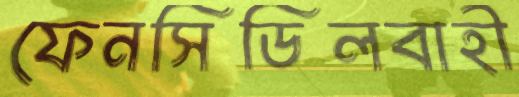
ফেনসিডিলবাহী